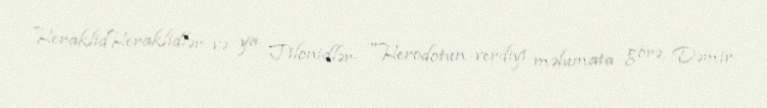
HeraklidHeraklidlər və ya Tilonidlər- "Herodotun verdiyi məlumata görə, Dəmir